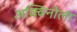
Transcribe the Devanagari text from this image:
अक्विनोला